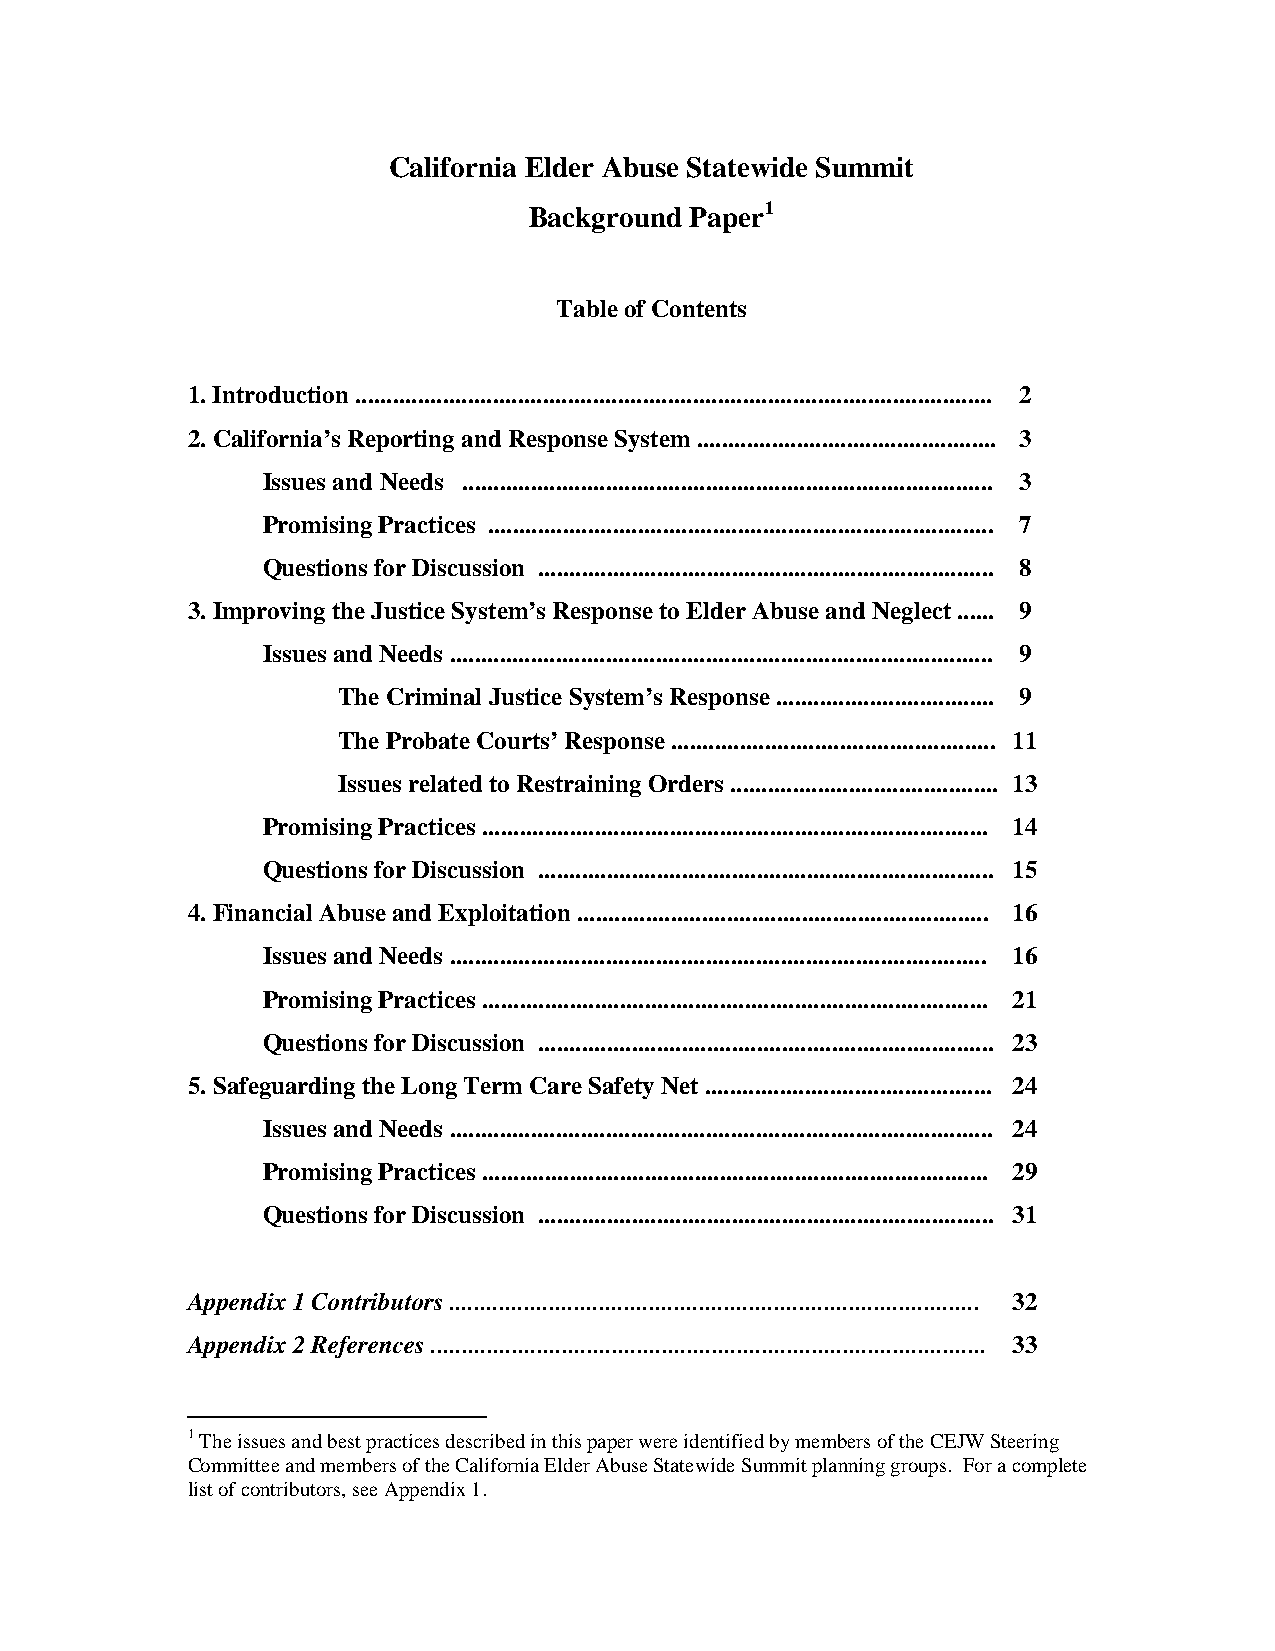
California Elder Abuse Statewide Summit
 Background Paper1
 Table of Contents
 1. Introduction ...................................................................................................... 2
 2. California’s Reporting and Response System ................................................ 3
 Issues and Needs ..................................................................................... 3
 Promising Practices ................................................................................. 7
 Questions for Discussion ......................................................................... 8
 3. Improving the Justice System’s Response to Elder Abuse and Neglect ...... 9
 Issues and Needs ....................................................................................... 9
 The Criminal Justice System’s Response ................................... 9
 The Probate Courts’ Response .................................................... 11
 Issues related to Restraining Orders ........................................... 13
 Promising Practices ................................................................................. 14
 Questions for Discussion ......................................................................... 15
 4. Financial Abuse and Exploitation .................................................................. 16
 Issues and Needs ...................................................................................... 16
 Promising Practices ................................................................................. 21
 Questions for Discussion ......................................................................... 23
 5. Safeguarding the Long Term Care Safety Net .............................................. 24
 Issues and Needs ....................................................................................... 24
 Promising Practices ................................................................................. 29
 Questions for Discussion ......................................................................... 31
 Appendix 1 Contributors ..................................................................................... 32
 Appendix 2 References ......................................................................................... 33
 1 The issues and best practices described in this paper were identified by members of the CEJW Steering
 Committee and members of the California Elder Abuse Statewide Summit planning groups. For a complete
 list of contributors, see Appendix 1.